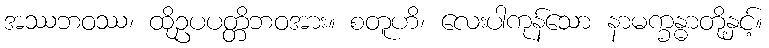
အဿဘဝဿ၊ ထိုဥပပတ္တိဘဝအား။ စတူဟိ၊ လေးပါကုန်သော နာမက္ခန္ဓာတို့နှင့်။